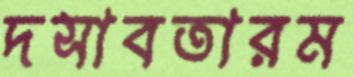
দসাবতারম